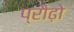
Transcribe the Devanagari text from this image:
प्रौढ़ो